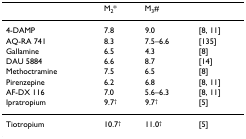
|  | M2* | M3# |  |
 | --- | --- | --- | --- |
 | 4-DAMP | 7.8 | 9.0 | [8, 11] |
 | AQ-RA 741 | 8.3 | 7.5–6.6 | [135] |
 | Gallamine | 6.5 | 4.3 | [8] |
 | DAU 5884 | 6.6 | 8.7 | [14] |
 | Methoctramine | 7.5 | 6.5 | [8] |
 | Pirenzepine | 6.2 | 6.8 | [8, 11] |
 | AF-DX 116 | 7.0 | 5.6–6.3 | [8, 11] |
 | Ipratropium | 9.7† | 9.7† | [5] |
 | Tiotropium | 10.7† | 11.0† | [5] |